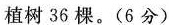
植树36棵。(6分)